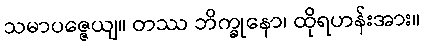
သမာပဇ္ဇေယျ။ တဿ ဘိက္ခုနော၊ ထိုရဟန်းအား။